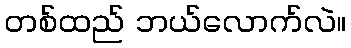
တစ်ထည် ဘယ်လောက်လဲ။